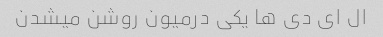
ال ای دی ها یکی درمیون روشن میشدن